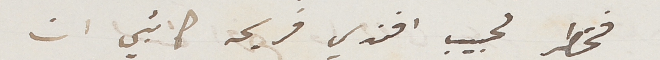
فخطر لحبيب افندي فريحة كاتبي ان